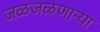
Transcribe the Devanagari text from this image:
जळजळणार्‍या